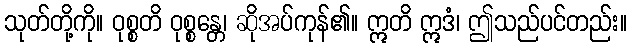
သုတ်တို့ကို။ ဝုစ္စတိ ဝုစ္စန္တေ၊ ဆိုအပ်ကုန်၏။ ဣတိ ဣဒံ၊ ဤသည်ပင်တည်း။